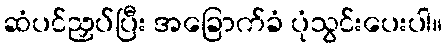
ဆံပင်ညှပ်ပြီး အခြောက်ခံ ပုံသွင်းပေးပါ။